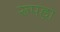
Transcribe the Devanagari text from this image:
रूपड़ा